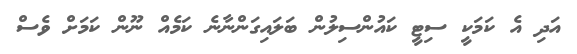
އަދި އެ ކަމަކީ ސިޓީ ކައުންސިލުން ބަލައިގަންނާނެ ކަމެއް ނޫން ކަމަށް ވެސް